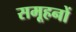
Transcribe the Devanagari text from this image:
समूहनों